Papers set at the Examination for Leaving Certificates, 1891
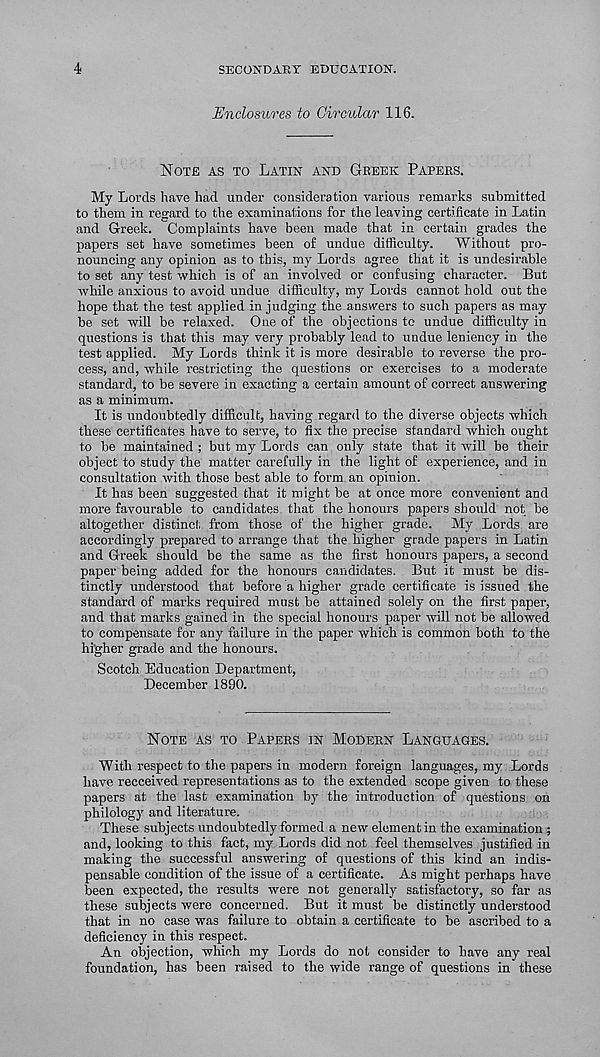
4
SECONDARY EDUCATION.
Enclosures to Circular 116.
NOTE AS TO LATIN AND GREEK PAPERS.
My Lords have had under consideration various remarks submitted
to them in regard to the examinations for the leaving certificate in Latin
and Greek. Complaints have been made that in certain grades the
papers set have sometimes been of undue difficulty.
Without pro-
nouncing any opinion as to this, my Lords agree that it is undesirable
to set any test which is of an involved or confusing character. But
while anxious to avoid undue difficulty, my Lords cannot hold out the
hope that the test applied in judging the answers to such papers as may
be set will be relaxed. One of the objections to undue difficulty in
questions is that this may very probably lead to undue leniency in the
test applied. My Lords think it is more desirable to reverse the pro-
cess, and, while restricting the questions or exercises to a moderate
standard, to be severe in exacting a certain amount of correct answering
as a minimum.
It is undoubtedly difficult, having regard to the diverse objects which
these certificates have to serve, to fix the precise standard which ought
to be maintained ; but my Lords can only state that it will be their
object to study the matter carefully in the light of experience, and in
consultation with those best able to form an opinion.
It has been suggested that it might be at once more convenient and
more favourable to candidates that the honours papers should not be
altogether distinct from those of the higher grade. My Lords are
accordingly prepared to arrange that the higher grade papers in Latin
and Greek should be the same as the first honours papers, a second
paper being added for the honours candidates. But it must be dis-
tinctly understood that before a higher grade certificate is issued the
standard of marks required must be attained solely on the first paper,
and that marks gained in the special honours paper will not be allowed
to compensate for any failure in the paper which is common both to the
higher grade and the honours.
Scotch Education Department,
December 1890.
NOTE AS TO PAPERS IN MODERN LANGUAGES.
With respect to the papers in modern foreign languages, my Lords
have recceived representations as to the extended scope given to these
papers at the last examination by the introduction of questions on
philology and literature.
These subjects undoubtedly formed a new element in the examination ;
and, looking to this fact, my Lords did not feel themselves justified in
making the successful answering of questions of this kind an indis-
pensable condition of the issue of a certificate. As might perhaps have
been expected, the results were not generally satisfactory, so far as
these subjects were concerned. But it must be distinctly understood
that in no case was failure to obtain a certificate to be ascribed to a
deficiency in this respect.
An objection, which my Lords do not consider to have any real
foundation, has been raised to the wide range of questions in these